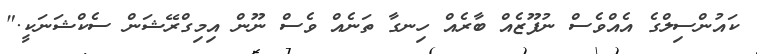
ކައުންސިލްގެ އެއްވެސް ނުފޫޒެއް ބާރެއް ހިނގާ ތަނެއް ވެސް ނޫން އިމިގްރޭޝަން ސެކްޝަނަކީ."